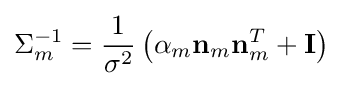
\Sigma _{m}^{-1}={\frac {1}{\sigma ^{2}}}\left(\alpha _{m}\mathbf {n} _{m}\mathbf {n} _{m}^{T}+\mathbf {I} \right)